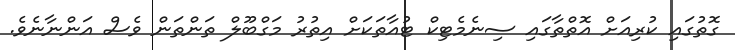
ގޮތުގައި ކުރިއަށް އޮތްތާގައި ސިނެމެޓިކް ޓުއާތަކަށް އިތުރު މަގްބޫލް ތަންތަން ވެސް އަންނާނެވެ.